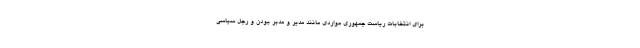
برای انتخابات ریاست جمهوری مواردی مانند مدیر و مدبر بودن و رجل سیاسی